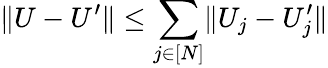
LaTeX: \lVert U-U^{\prime}\rVert\leq\sum_{j\in[N]}\lVert U_{j}-U_{j}^{\prime}\rVert